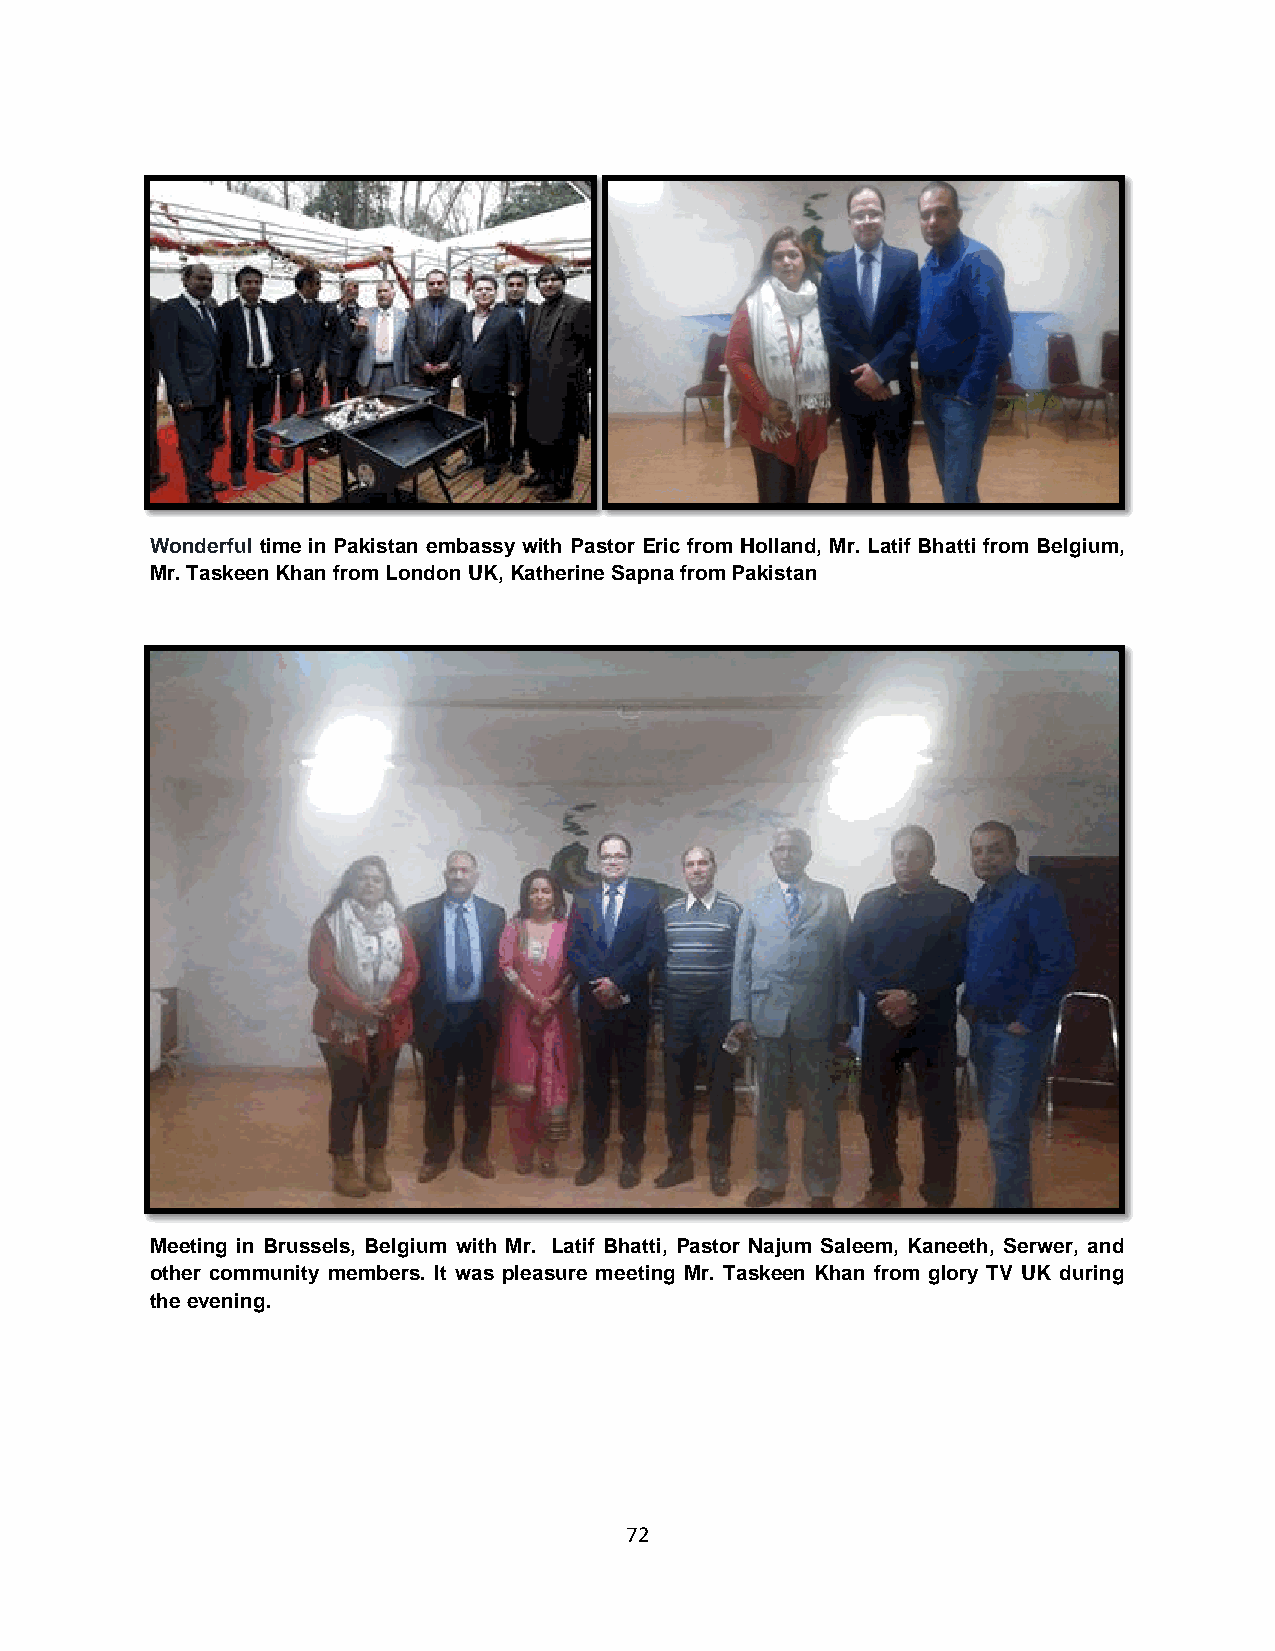
Wonderful time in Pakistan embassy with Pastor Eric from Holland, Mr. Latif Bhatti from Belgium,
 Mr. Taskeen Khan from London UK, Katherine Sapna from Pakistan
 Meeting in Brussels, Belgium with Mr. Latif Bhatti, Pastor Najum Saleem, Kaneeth, Serwer, and
 other community members. It was pleasure meeting Mr. Taskeen Khan from glory TV UK during
 the evening.
 72